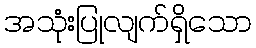
အသုံးပြုလျက်ရှိသော